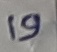
Text: 19